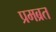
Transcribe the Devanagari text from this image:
प्रमब्रत